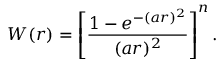
W ( r ) = \left[ \frac { 1 - e ^ { - ( a r ) ^ { 2 } } } { ( a r ) ^ { 2 } } \right] ^ { n } .